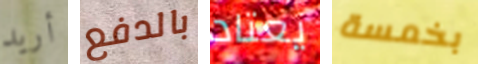
أريد بالدفع يعتاد بخمسة